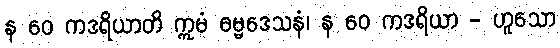
န ဝေ ကဒရိယာတိ ဣမံ ဓမ္မဒေသနံ၊ န ဝေ ကဒရိယာ - ဟူသော